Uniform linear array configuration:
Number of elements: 16
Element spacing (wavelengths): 0.75
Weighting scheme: blackman
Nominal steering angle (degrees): -15
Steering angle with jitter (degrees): -13.434
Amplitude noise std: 0.05
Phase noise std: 0.05

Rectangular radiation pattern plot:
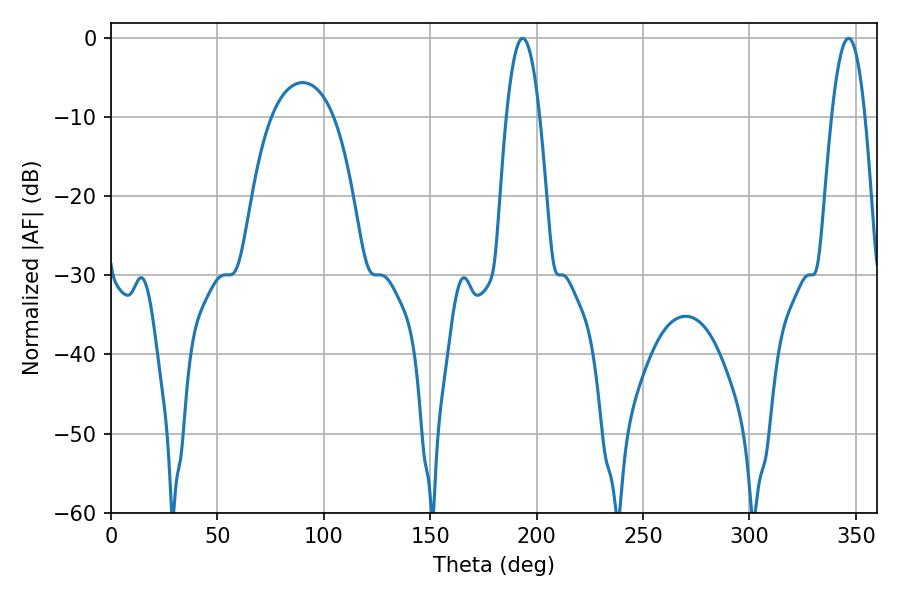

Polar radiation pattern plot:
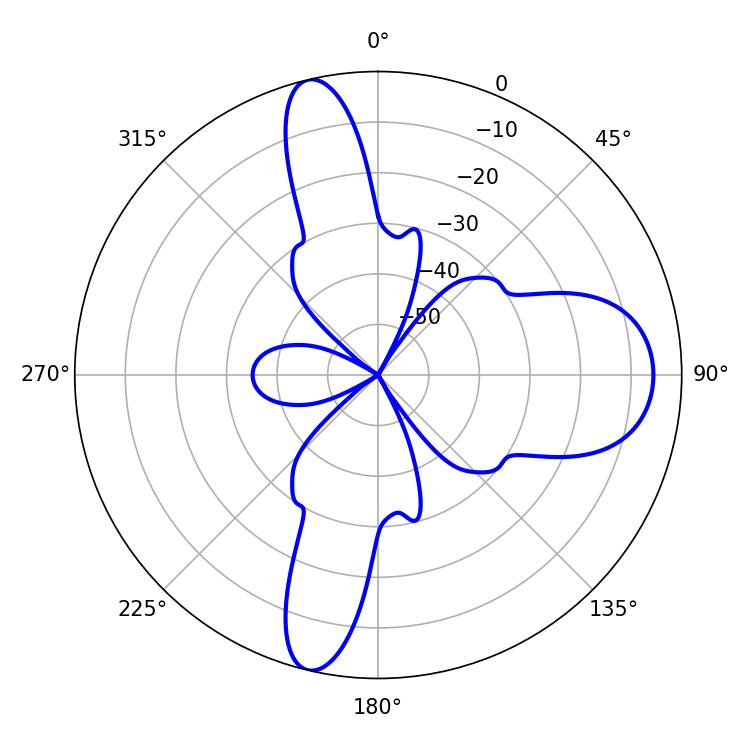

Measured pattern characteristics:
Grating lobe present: TRUE
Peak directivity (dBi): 16.49
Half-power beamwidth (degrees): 8.64
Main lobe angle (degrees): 346.5